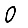
Digit: 0